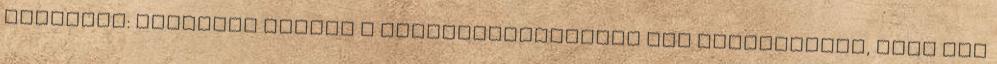
Arthamyr: gondolom ezeket a szerencsetleneket nem vigasztalja, hogy egy